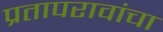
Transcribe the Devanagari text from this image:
प्रतापरावांचा